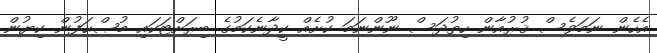
އެހެން ނަމަވެސް ޤުރުއާން ހިތުދަސް ނޫންނަމަ ކުށެއް ކީދާނެކަމުގެ ބިރަށްޓަކައި މުޞްޙަފުން ކިޔުން